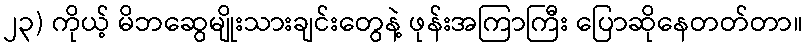
၂၃) ကိုယ့် မိဘဆွေမျိုးသားချင်းတွေနဲ့ ဖုန်းအကြာကြီး ပြောဆိုနေတတ်တာ။